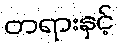
တရားနှင့်